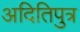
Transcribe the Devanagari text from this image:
अदितिपुत्र